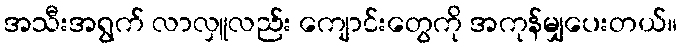
အသီးအရွက် လာလှူလည်း ကျောင်းတွေကို အကုန်မျှပေးတယ်။